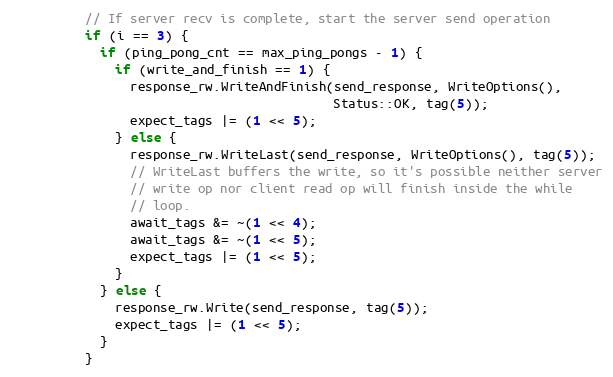
Language: C
          // If server recv is complete, start the server send operation
          if (i == 3) {
            if (ping_pong_cnt == max_ping_pongs - 1) {
              if (write_and_finish == 1) {
                response_rw.WriteAndFinish(send_response, WriteOptions(),
                                           Status::OK, tag(5));
                expect_tags |= (1 << 5);
              } else {
                response_rw.WriteLast(send_response, WriteOptions(), tag(5));
                // WriteLast buffers the write, so it's possible neither server
                // write op nor client read op will finish inside the while
                // loop.
                await_tags &= ~(1 << 4);
                await_tags &= ~(1 << 5);
                expect_tags |= (1 << 5);
              }
            } else {
              response_rw.Write(send_response, tag(5));
              expect_tags |= (1 << 5);
            }
          }